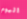
اليوم